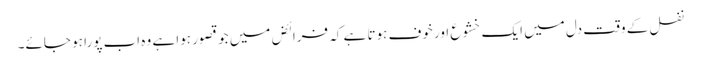
نفل کے وقت دل میں ایک خشوع اور خوف ہوتا ہے کہ فرائض میں جو قصور ہوا ہے وہ اب پورا ہو جائے۔